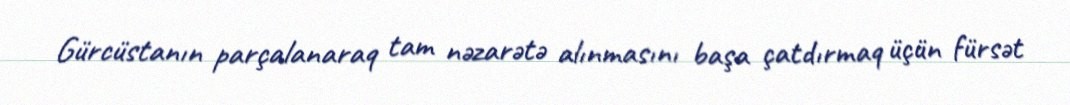
Gürcüstanın parçalanaraq tam nəzarətə alınmasını başa çatdırmaq üçün fürsət